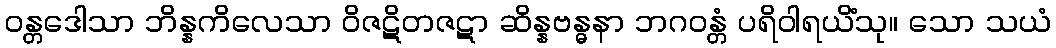
ဝန္တဒေါသာ ဘိန္နကိလေသာ ဝိဇဋိတဇဋာ ဆိန္နဗန္ဓနာ ဘဂဝန္တံ ပရိဝါရယိံသု။ သော သယံ